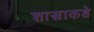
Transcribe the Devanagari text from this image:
शास्त्राकडे